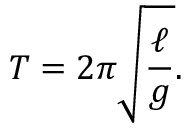
T = 2 \pi { \sqrt { \frac { \ell } { g } } } .